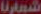
اشواريا